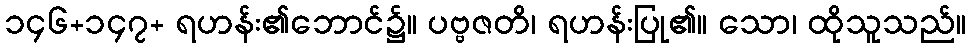
၁၄၆+၁၄၇+ ရဟန်း၏ဘောင်၌။ ပဗ္ဗဇတိ၊ ရဟန်းပြု၏။ သော၊ ထိုသူသည်။